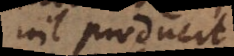
nil producit